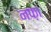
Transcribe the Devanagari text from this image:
नफ़ा